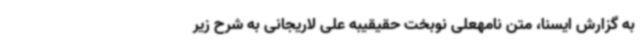
به گزارش ایسنا، متن نامهعلی نوبخت حقیقیبه علی لاریجانی به شرح زیر